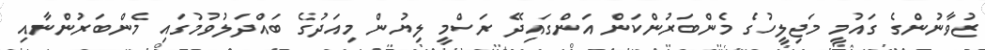
ޒުވާނުންގެ ގައުމީ މަޖިލީހުގެ މެންބަރުންކަން އަންގައިދޭ ރަސްމީ ލިޔުން މިއަދުގެ ބައްދަލުވުމުގައި މެންބަރުންނާއި